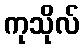
ကုသိုလ်